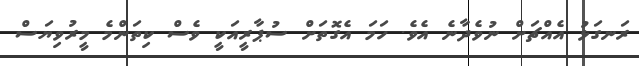
ރަނގަޅު އެއްޗަށް ނުވެދާނެ އެވެ. ހަމަ އެގޮތަށް ސުޕާރީއަކީ ވެސް ކިތަންމެ މީރުވިޔަސް